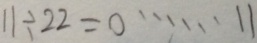
1 1 \div 2 2 = 0 \cdots 1 1